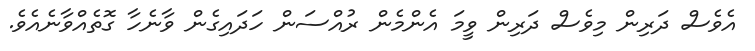
އެވެސް ދަރިން މިވެސް ދަރިން ވީމަ އެންމެން ރުއްސަން ހަދައިގެން ވާނެހާ ގޮތެއްވާނެއެވެ.